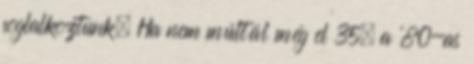
foglalkoztunk. Ha nem múltál még el 35, a ’80-as